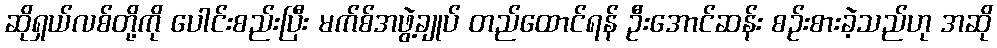
ဆိုရှယ်လစ်တို့ကို ပေါင်းစည်းပြီး မက်စ်အဖွဲ့ချုပ် တည်ထောင်ရန် ဦးအောင်ဆန်း စဉ်းစားခဲ့သည်ဟု အဆို